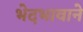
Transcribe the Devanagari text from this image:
भेदभावाने